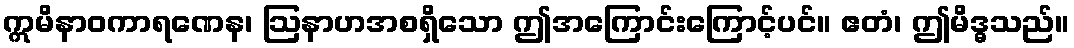
ဣမိနာဝကာရဏေန၊ ဩနာဟအစရှိသော ဤအကြောင်းကြောင့်ပင်။ ဧတံ၊ ဤမိဒ္ဓသည်။